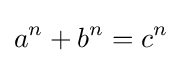
a^{n}+b^{n}=c^{n}